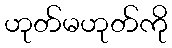
ဟုတ်မဟုတ်ကို